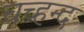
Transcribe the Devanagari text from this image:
चच्हन्द